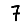
Digit: 7